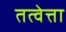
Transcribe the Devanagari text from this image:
तत्वेत्ता